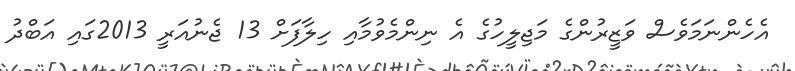
އެހެންނަމަވެސް ވަޒީރުންގެ މަޖިލީހުގެ އެ ނިންމެވުމާއި ހިލާފަށް 13 ޖެނުއަރީ 2013ގައި އަބްދު